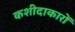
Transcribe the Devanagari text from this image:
कशीदाकारों